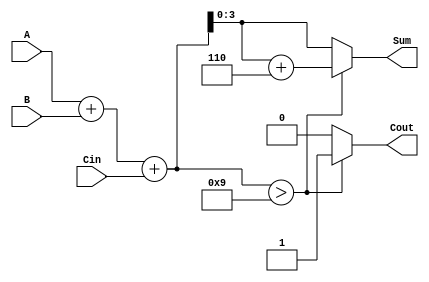
module BCD_Redundant_Binary_Adder (
    input [3:0] A,      // First BCD input in redundant binary format
    input [3:0] B,      // Second BCD input in redundant binary format
    input Cin,          // Carry input
    output reg [3:0] Sum, // BCD output in redundant binary format
    output reg Cout      // Carry output
);

    reg [4:0] temp_sum; // Temporary sum to hold the result of addition
    reg carry;          // Carry for each digit addition

    always @(*) begin
        // Initial carry is the carry input
        carry = Cin;
        Cout = 0; // Initialize carry out

        // Digit-wise addition (assuming A and B are 4 bits each)
        temp_sum = A + B + carry; // Add A, B and carry

        // Check if correction is needed (if the sum exceeds 9)
        if (temp_sum > 9) begin
            temp_sum = temp_sum + 6; // Apply correction
            Cout = 1; // Set carry out
        end

        // Assign the sum to the output (lower 4 bits)
        Sum = temp_sum[3:0]; // Take lower 4 bits as the result
    end

endmodule